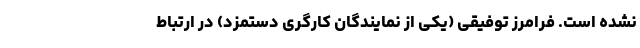
نشده است. فرامرز توفیقی (یکی از نمایندگان کارگری دستمزد) در ارتباط